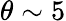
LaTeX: \theta\sim 5